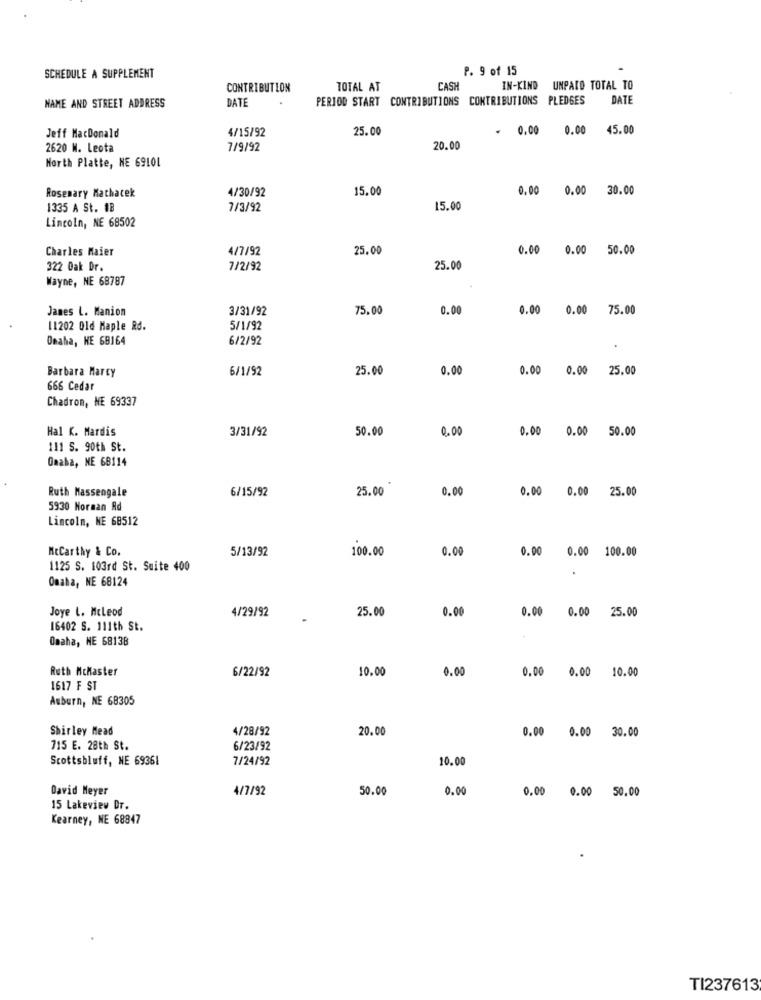
P. 9 of 15
SCHEDULE A SUPPLEMENT
CONTRIBUTION
TOTAL AT
CASH
IN-KIND UNPAIO TOTAL TO
DATE
PERIOD START CONTRIBUTIONS
CONTRIBUTIONS PLEDGES
DATE
NAME AND STREET ADDRESS
Jeff MacDonald
4/15/92
25.00
₩ 0.00 0.00
45.00
2620 M. Leota
7/9/92
20.00
North Platte, NE 69101
Rosemary Machacek
4/30/92
15.00
0.00 0.00 30.00
1335 A St. #B
7/3/92
15.00
Lincoln, NE 68502
Charles Maier
4/7/92
25.00
0.00 0.00 50.00
322 Dak Dr.
7/2/92
25.00
Wayne, NE 68787
James L. Manion
3/31/92
75.00
0.0
0.00 0.00 75.00
11202 Old Maple Rd.
5/1/92
Omaha, HE 68164
6/2/92
Barbara Marcy
6/1/92
25.00
0.00
0.00
0.00
25.00
666 Cedar
Chadron, NE 69337
Hal K. Mardis
3/31/92
50.00
0.00
0.00
0.00 50.00
111 S. 90th St.
Omaha, NE 68114
6/15/92
25.00
0.00
0.00 0.00 25.00
Ruth Massengale
5930 Horman Rd
Lincoln, NE 68512
Mccarthy & Co.
5/13/92
100.00
0.00
0.00 0.00 100.00
1125 S. 103rd St. Suite 400
Omaha, NE 68124
Joye L. Mcleod
4/29/92
25.00
0.00
0.00 0.00 25.00
16402 S. 111th St.
Omaha, NE 68138
Ruth McMaster
6/22/92
10.00
0.00
0.00 0.00 10.00
1617 F ST
Auburn, NE 68305
Shirley Mead
4/28/92
20.00
0.00 0.00 30.00
715 E. 28th St.
6/23/92
Scottsbluff, NE 69361
7/24/92
10.00
David Meyer
4/7/92
50.00
0.00
0.00 0.00 50.00
15 Lakeview Dr.
Kearney, NE 68847
TI237613